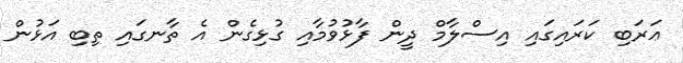
ޢަރަބި ކަރައިގައި އިސްލާމް ދީން ފާޅުވުމާއި ގުޅިގެން އެ ތާނގައި ތިބި އަޅުން